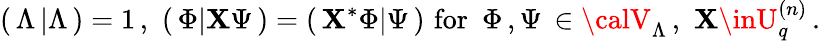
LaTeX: (\, \Lambda\, \vert\Lambda\, )=1\, ,\, \, (\, \Phi\vert\mathbf{X}\Psi\, )=(\, \mathbf{X}^{*}\Phi\vert\Psi\, )\, \, \mathrm{{for}}\, \, \, \Phi\, ,\Psi\, \in{\calV}_{\Lambda}\, ,\, \, \mathbf{X}\inU_{q}^{(n)}\, .